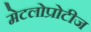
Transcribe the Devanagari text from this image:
मेटलोप्रोटीज